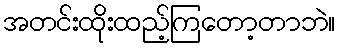
အတင်းထိုးထည့်ကြတော့တာဘဲ။